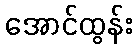
အောင်ထွန်း